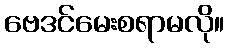
ဗေဒင်မေးစရာမလို။